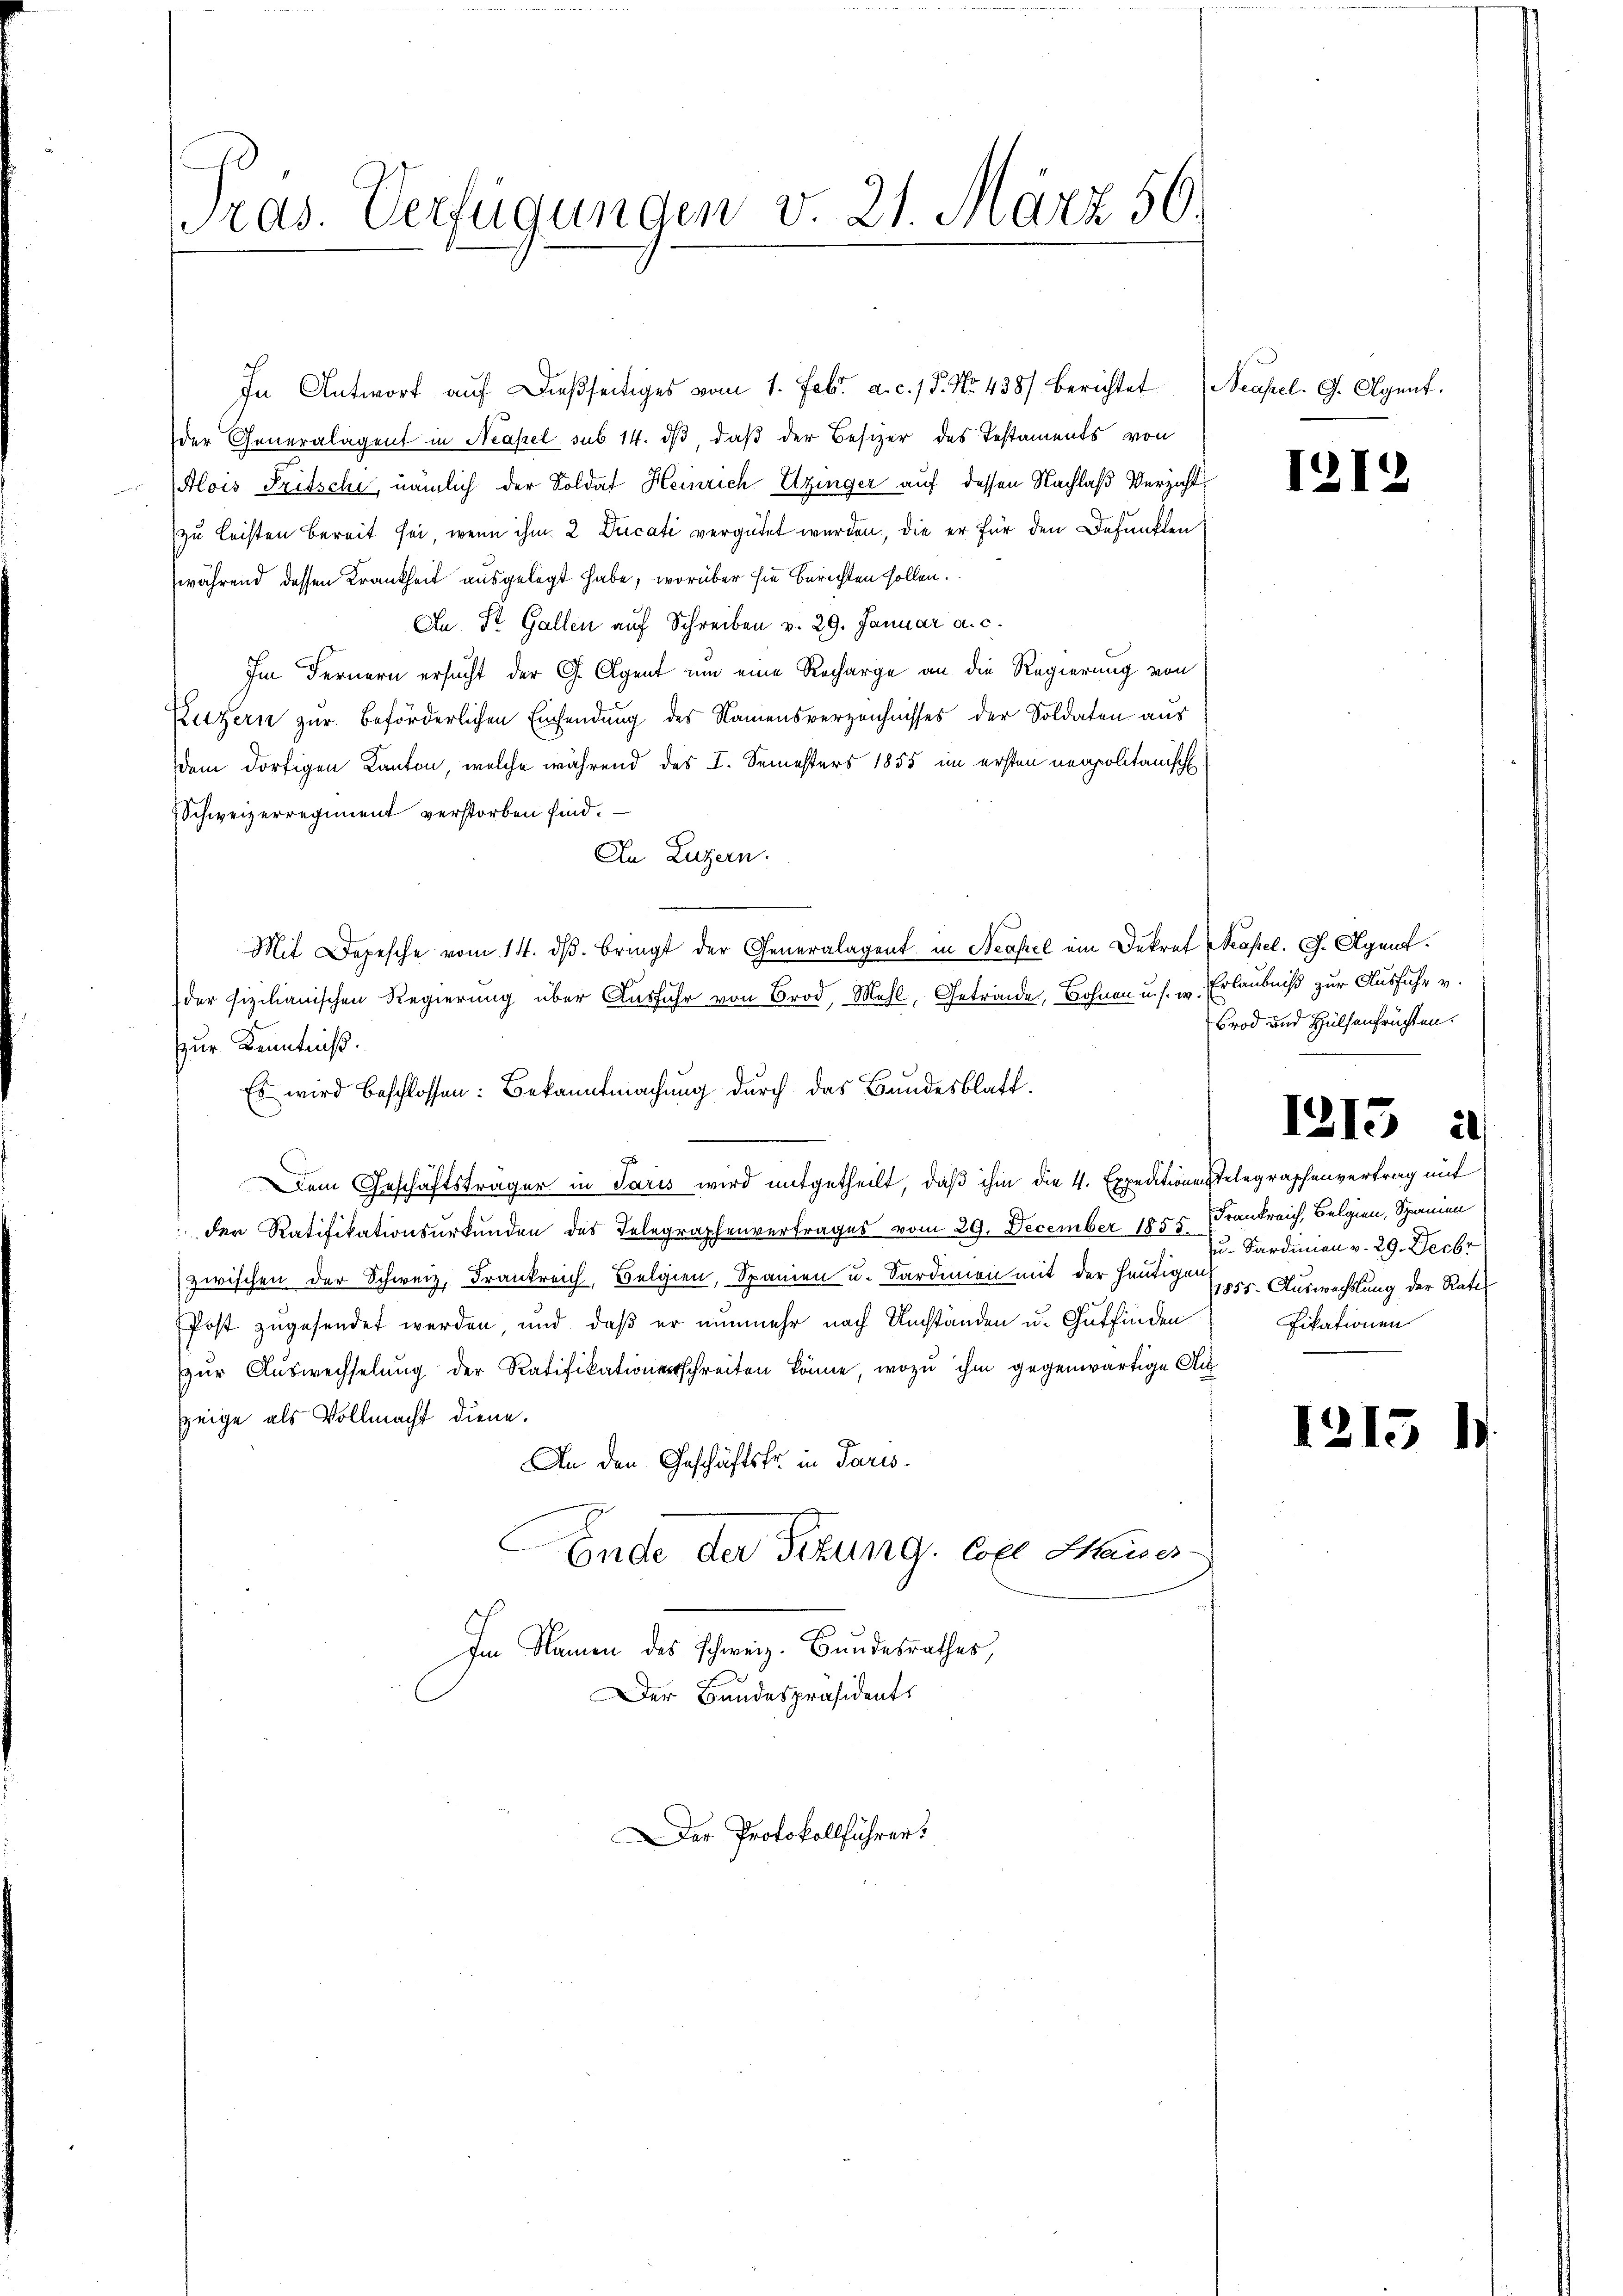
Pras. Verfügungen v. 21. März 56.

der Generalagent in Neapel sub 14. dβ, daß der Besizer des Testaments von
Alois Tritsche, nämlich der Soldat Heinrich Utzinger auf dessen Nachlaß Verzicht
zu leisten bereit sei, wenn ihm 2 Ducati vergütet werden, die er für den Befünften
während dessen Krankheit ausgelegt habe, worüber sie berichten sollen.
An St. Gallen auf Schreiben v. 29. Januar a. c.
Im Fernern ersucht der G. Agent um eine Recharge an die Regierung von
Luzern zur Beförderlichen Einsendung des Namensverzeichnisses der Soldaten aus
dem dortigen Kanton, welche während des I. Semesters 1855 im ersten neapolitanisch
Schweizerregiment verstorben sind.
In Luzern.
Mit Depesche vom 14. dβ. bringt der Generalagent in Neapel ein Dekret Neapel. G. Agent.
der fizilianischen Regierung über Ausfuhr von Brod, Mehl, Getrände, Bohnen u. s. w. Erlaubniß zur Ausführ v.
zur Kenntniß.
Es wird beschlossen: Bekanntmachung durch das Bundesblatt.
Dem Geschäftsträger in Paris wird mitgetheilt, daß ihm die 4. Expeditionen Telegraphenvertrag mit
der Ratifikationsurkunden des Telegraphenvertrages vom 29. December 1855 Frankreich, Belgien, Spanien
zwischen der Schweiz. Frankreich, Belgien, Spanien u. Sardinen mit der heutigen. Auswechslung der Rates
Post zugesendet werden, und daß er nunmehr nach Umständen u. Gutfinden
zŭr Aŭswechselung der Ratifikationsschreiten könne, wozu ihm gegenwärtige Au
zeige als Vollmacht diene.
An den Geschäftsfr. in Paris.
Ende der Titung, Cope Hauses
Im Namen des schweiz. Bundesrathes,
Der Bandespräsidents

In Antwort aŭf dießseitiges vom 1. Febr. a. c. 15. No. 438) berichtet Neapel. G. Agent.

Der Protokollführer

12

Brod und Hülsenfrüchten.

1213

I.

12

u. Sardinien v. 29. Decbr
fikationen